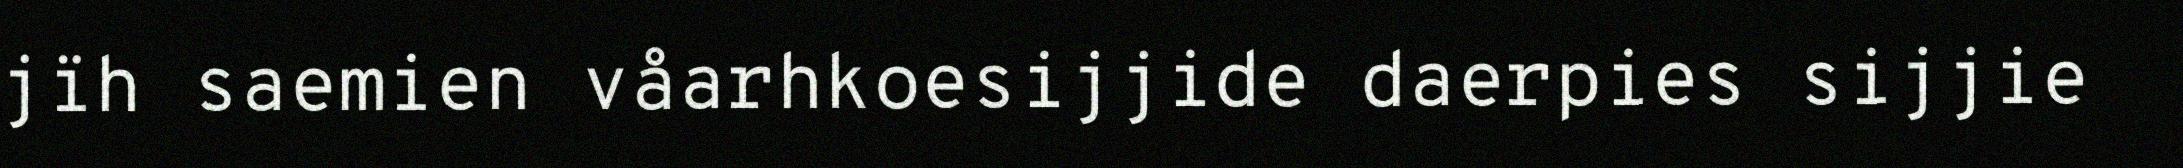
jïh saemien våarhkoesijjide daerpies sijjie